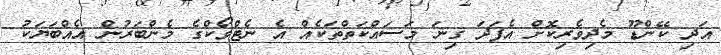
އަދި ކޭންޑޫ މެދިވެރިކޮށް އެފަދަ ގިނަ މަސައްކަތްތަކެއް އެ ނެޓްވޯކްގެ މެންބަރުން އެއްބަޔަކު